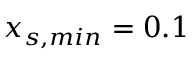
{ x _ { s , m i n } = 0 . 1 }